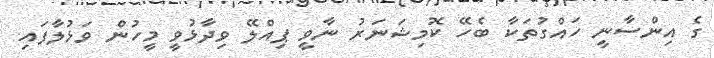
ގެ އިންސާނީ ހައްގުތަކާ ބެހޭ ކޮމިޝަނަރު ނާވީ ޕިއްލޭ ވިދާޅުވީ މީހުން ވަޅުލާފައި